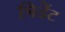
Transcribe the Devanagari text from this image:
त्रिडेंट